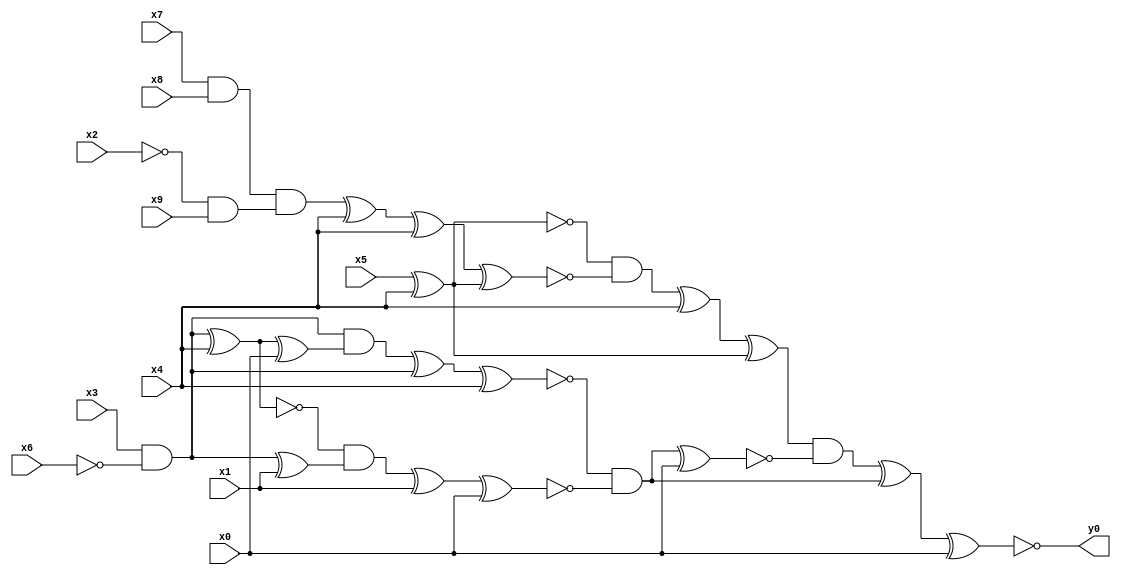
module top( x0 , x1 , x2 , x3 , x4 , x5 , x6 , x7 , x8 , x9 , y0 );
  input x0 , x1 , x2 , x3 , x4 , x5 , x6 , x7 , x8 , x9 ;
  output y0 ;
  wire n11 , n12 , n13 , n14 , n15 , n16 , n17 , n18 , n19 , n20 , n21 , n22 , n23 , n24 , n25 , n26 , n27 , n28 , n29 , n30 , n31 , n32 , n33 , n34 , n35 ;
  assign n11 = x5 ^ x4 ;
  assign n12 = x7 & x8 ;
  assign n13 = ~x2 & x9 ;
  assign n14 = n12 & n13 ;
  assign n15 = n14 ^ x4 ;
  assign n16 = n15 ^ x4 ;
  assign n17 = n16 ^ n11 ;
  assign n18 = ~n11 & ~n17 ;
  assign n19 = n18 ^ x4 ;
  assign n20 = n19 ^ n11 ;
  assign n21 = x3 & ~x6 ;
  assign n22 = n21 ^ x4 ;
  assign n23 = n22 ^ x0 ;
  assign n24 = n21 & n23 ;
  assign n25 = n24 ^ n21 ;
  assign n26 = n25 ^ x4 ;
  assign n27 = n21 ^ x1 ;
  assign n28 = ~n22 & n27 ;
  assign n29 = n28 ^ x1 ;
  assign n30 = n29 ^ x0 ;
  assign n31 = ~n26 & ~n30 ;
  assign n32 = n31 ^ x0 ;
  assign n33 = n20 & ~n32 ;
  assign n34 = n33 ^ n31 ;
  assign n35 = n34 ^ x0 ;
  assign y0 = ~n35 ;
endmodule